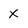
Character: X